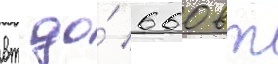
вт до́ 660 вт